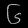
Digit: ၆